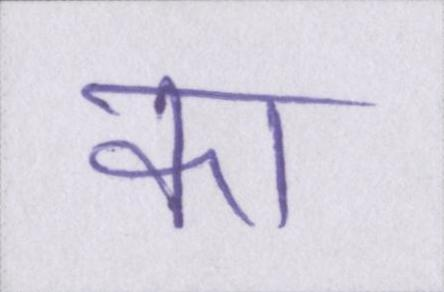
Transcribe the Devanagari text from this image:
का